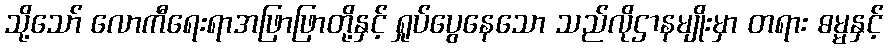
သို့သော် လောကီရေးရာအဖြာဖြာတို့နှင့် ရှုပ်ပွေနေသော သည်လိုဌာနမျိုးမှာ တရား ဓမ္မနှင့်